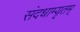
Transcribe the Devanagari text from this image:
संदधाम्यृतम्